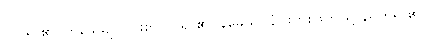
လှုပ်ရာ၏။ ကမ္ပေယျ၊ ပြင်းစွာလှုပ်ရာ၏။ နမေယျ၊ နံပါးတစ်ဖက်ဖြင့် ညွတ်ရာ၏။